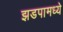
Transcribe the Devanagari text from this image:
झडपामध्ये